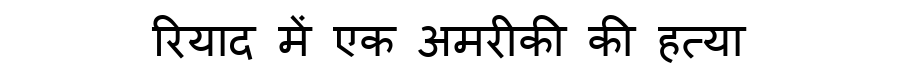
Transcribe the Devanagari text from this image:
रियाद में एक अमरीकी की हत्या